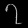
Digit: ၇